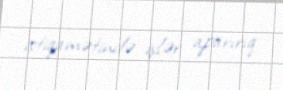
istiqamətində işlər aparırıq.